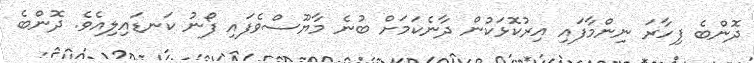
ދޮންބެ ފިހާރަ ނިންމާފައި އިރުކޮޅަކުން ދާނެކަމަށް ބުނެ މާޔޫސްވެފައި ފޯނު ކަނޑައިލިއެވެ. ދޮންބެ